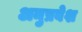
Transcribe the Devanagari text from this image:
अनुप्रबेश